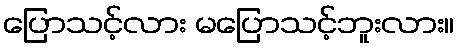
ပြောသင့်လား မပြောသင့်ဘူးလား။